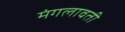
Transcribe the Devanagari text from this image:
मंगलावती